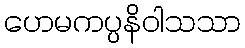
ဟေမကပ္ပနိဝါသသာ